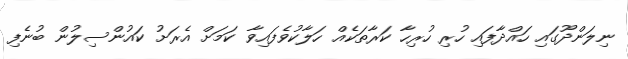
ނިލަންދޫގައި ހައްދާފައި ހުރި ހުރިހާ ކަރާތަކެއް ހަލާކުވެފައިވާ ކަމަށް އެރަށު ކައުންސިލުން ބުނެފި